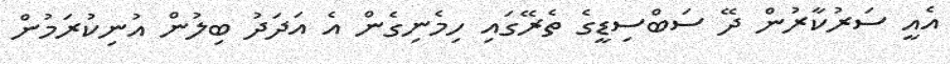
އެއީ ސަރުކާރުން ދޭ ސަބްސިޑީގެ ތެރޭގައި ހިމެނިގެން އެ އަދަދު ބިލުން އުނިކުރަމުން